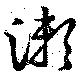
瀬